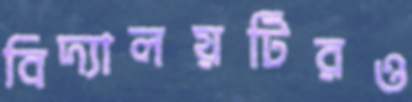
বিদ্যালয়টিরও